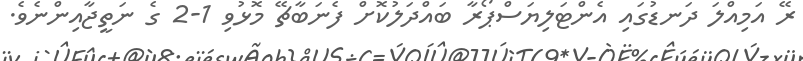
ރޭ އަމިއްލަ ދަނޑުގައި އެންޓަލިޔަސްޕޯރާ ބައްދަލުކޮށް ފެނަބާޗޭ މޮޅުވި 1-2 ގެ ނަތީޖާއިންނެވެ.